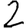
Digit: 2